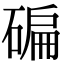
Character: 碥